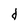
Character: d